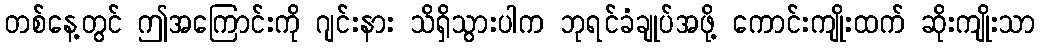
တစ်နေ့တွင် ဤအကြောင်းကို ဂျင်းနား သိရှိသွားပါက ဘုရင်ခံချုပ်အဖို့ ကောင်းကျိုးထက် ဆိုးကျိုးသာ